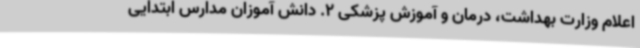
اعلام وزارت بهداشت، درمان و آموزش پزشکی 2. دانش آموزان مدارس ابتدایی